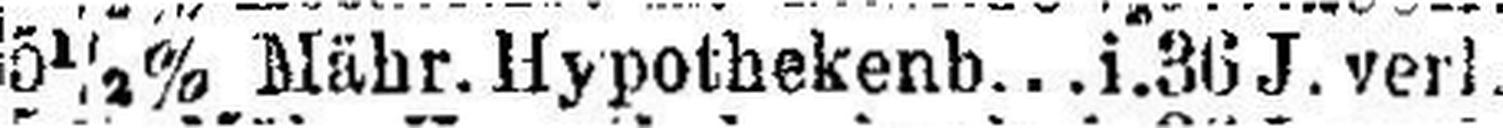
5½% Mähr. Hypothekenb...i.36 J. verl.